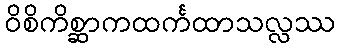
ဝိစိကိစ္ဆာကထင်္ကထာသလ္လဿ